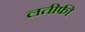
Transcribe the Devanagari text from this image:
लतीफी